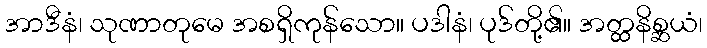
အာဒီနံ၊ သုဏာတုမေ အစရှိကုန်သော။ ပဒါနံ၊ ပုဒ်တို့၏။ အတ္ထနိစ္ဆယံ၊